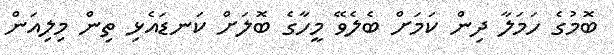
ބޮމުގެ ހަމަލާ ދިން ކަމަށް ބެލެވޭ މީހާގެ ބޮލަށް ކަނޑައެޅި ތިން މިލިއަން